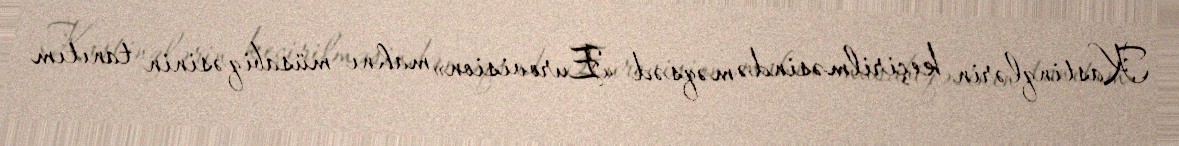
Kastinqlərin keçirilməsində məqsəd «Eurovision» mahnı müsabiqəsinin tanıtım